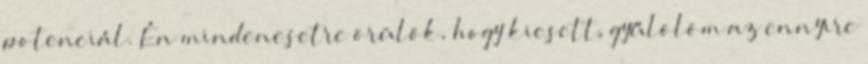
potenciál. Én mindenesetre örülök, hogy kiesett, gyűlölöm az ennyire